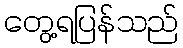
တွေ့ရပြန်သည်